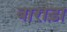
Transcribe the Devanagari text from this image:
बाराड़ा